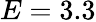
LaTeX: E=3.3